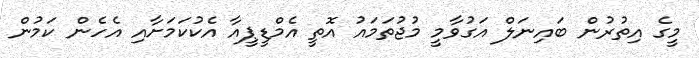
މީގެ އިތުރުން ބައިނަލް އަގުވާމީ މުޖުތަމައު އޮތީ އެމްޑީޕީއާ އެކުކަމަށާއި އެހެން ކަމުން